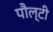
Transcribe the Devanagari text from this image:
पौल्टी